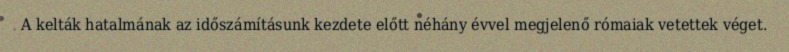
A kelták hatalmának az időszámításunk kezdete előtt néhány évvel megjelenő rómaiak vetettek véget.